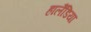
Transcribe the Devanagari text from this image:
हालैंडिया